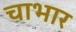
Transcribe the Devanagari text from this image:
चाभार